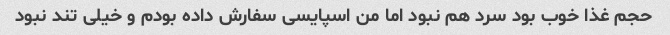
حجم غذا خوب بود سرد هم نبود اما من اسپایسی سفارش داده بودم و خیلی تند نبود